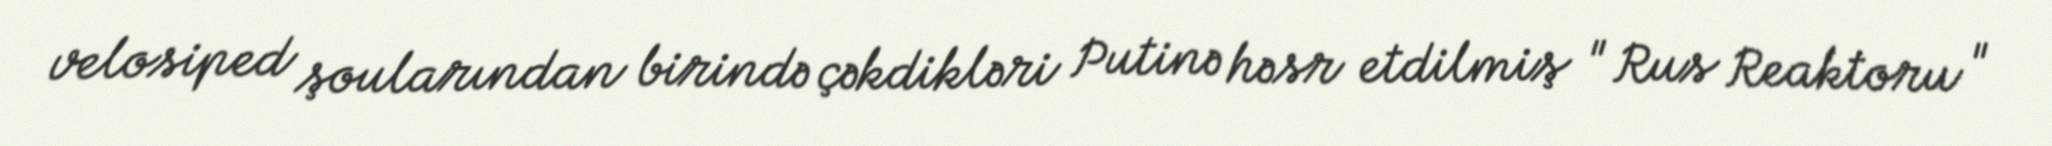
velosiped şoularından birində çəkdikləri Putinə həsr etdilmiş " Rus Reaktoru "